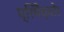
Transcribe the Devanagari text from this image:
प्रिमैच्योर